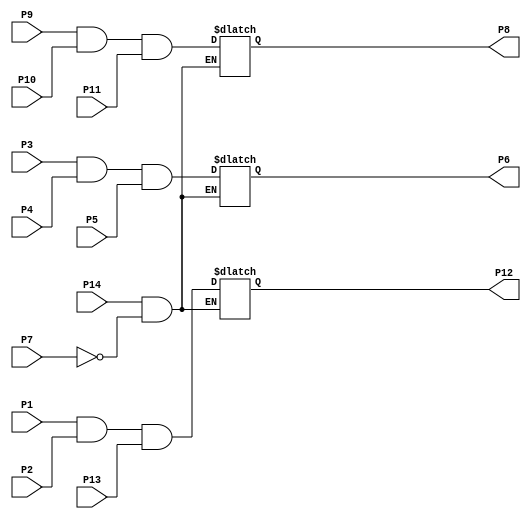
//================================================================--
// Design Unit	: sn7411 (behaviour) 
//
//
// Purpose	: model of TTL SN7411 triple and IC
//
// Dependences	: none
//
//
// Environmant	: Icarus
//-------------------------------------------------------------------
// Revision List	
// Version	Author	Date	Changes
// 1.0		PW	Sept 10 New version
//================================================================--

module sn7411 (P1, P2, P3, P4, P5, P6, P7, P8, P9, P10, P11, P12, P13, P14); 

   output P6, P8, P12;
   input P1, P2, P3, P4, P5, P7, P9, P10, P11, P13, P14;

   reg P6, P8, P12;

   always @(P3, P4, P5, P7, P14) begin

      if ((P14 == 1'b 1) && (P7 == 1'b 0)) begin
         P6 = P3 & P4 & P5;
      end  
   end

   always @(P7, P9, P10, P11, P14) begin

      if ((P14 == 1'b 1) && (P7 == 1'b 0)) begin
         P8 = P9 & P10 & P11;
      end  
   end

   always @(P1, P2, P7, P13, P14) begin

      if ((P14 == 1'b 1) && (P7 == 1'b 0)) begin
         P12 = P1 & P2 & P13;
      end  
   end

endmodule